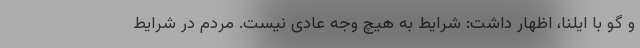
و گو با ایلنا، اظهار داشت: شرایط به هیچ وجه عادی نیست. مردم در شرایط